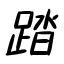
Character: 踏